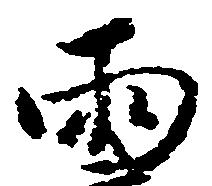
両